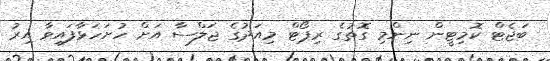
ބަޖެޓް ކޮމިޓީން ނިންމި ގޮތުގެ ރިޕޯޓް މިއަދުގެ ޖަލްސާ އަށް ހުށަހަޅާފައިވާ އިރު